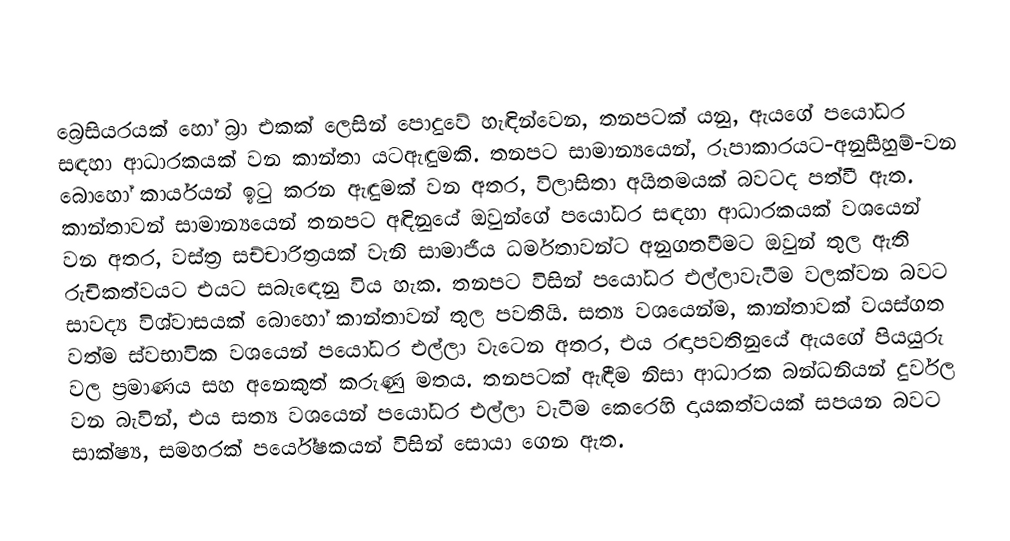
‍

බ්‍රෙසියරයක් හෝ බ්‍රා එකක් ලෙසින් පොදුවේ හැඳින්වෙන, තනපටක් යනු, ඇයගේ පයෝධර සඳහා ආධාරකයක් වන කාන්තා යටඇඳුමකි. තනපට සාමාන්‍යයෙන්, රූපාකාරයට-අනුසීහුම්-වන බොහෝ කාර්යයන් ඉටු කරන ඇඳුමක් වන අතර, විලාසිතා අයිතමයක් බවටද පත්වී ඇත. කාන්තාවන් සාමාන්‍යයෙන් තනපට අඳිනුයේ ඔවුන්ගේ පයෝධර සඳහා ආධාරකයක් වශයෙන් වන අතර,   වස්ත්‍ර සච්චාරිත්‍රයක් වැනි සාමාජීය ධර්මතාවන්ට අනුගතවීමට ඔවුන් තුල ඇති රුචිකත්වයට එයට සබැ‍ඳෙනු විය හැක. තනපට විසින් පයෝධර එල්ලාවැටීම වලක්වන බවට සාවද්‍ය විශ්වාසයක් බොහෝ කාන්තාවන් තුල පවතියි. සත්‍ය වශයෙන්ම, කාන්තාවක් වයස්ගත වත්ම ස්වභාවික වශයෙන් පයෝධර එල්ලා වැටෙන අතර, එය රඳාපවතිනුයේ ඇයගේ පියයුරු වල ප්‍රමාණය සහ අනෙකුත් කරුණු මතය. තනපටක් ඇඳීම නිසා ආධාරක බන්ධනියන් දුර්වල වන බැවින්, එය සත්‍ය වශයෙන් පයෝධර එල්ලා වැටීම කෙරෙහි දායකත්වයක් සපයන බවට සාක්ෂ්‍ය, සමහරක් පර්යේෂකයන් විසින් සොයා ගෙන ඇත.